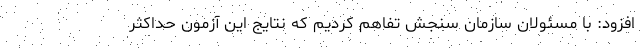
افزود: با مسئولان سازمان سنجش تفاهم کردیم که نتایج این آزمون حداکثر